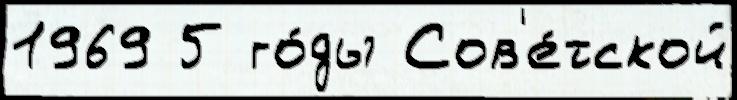
1969 5 го́ды Сов'е́тской